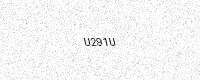
Text: U291U